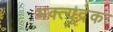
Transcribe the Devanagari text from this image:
भक्त्युद्रेकः